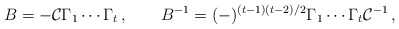
\begin{align*}B=-{\cal C}\Gamma _1\cdots \Gamma _t\,,\qquad B^{-1}=(-)^{(t-1)(t-2)/2}\Gamma _1\cdots \Gamma _t{\cal C}^{-1}\,,\end{align*}